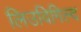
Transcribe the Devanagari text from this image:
लिउविगिल्द